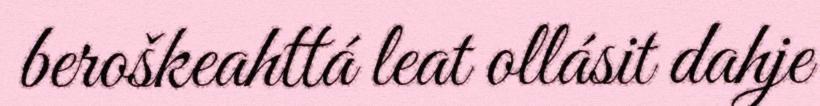
beroškeahttá leat ollásit dahje